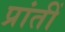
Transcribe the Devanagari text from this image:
प्रांतीं